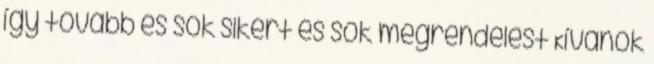
így tovább és sok sikert és sok megrendelést Kívánok